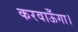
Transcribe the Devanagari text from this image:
करवाऊँगा।